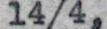
14/4,